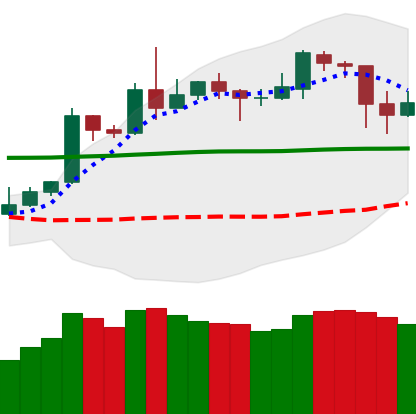
Ticker: DOGE-USD
Chart end date: 2020-05-12
Forward return: 3.045%
Label: up_3_5